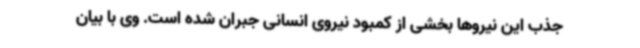
جذب این نیروها بخشی از کمبود نیروی انسانی جبران شده است. وی با بیان